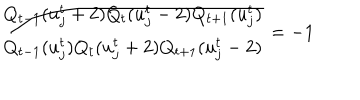
\frac { Q _ { t - 1 } ( u _ { j } ^ { t } + 2 ) Q _ { t } ( u _ { j } ^ { t } - 2 ) Q _ { t + 1 } ( u _ { j } ^ { t } ) } { Q _ { t - 1 } ( u _ { j } ^ { t } ) Q _ { t } ( u _ { j } ^ { t } + 2 ) Q _ { t + 1 } ( u _ { j } ^ { t } - 2 ) } = - 1